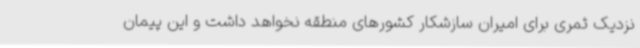
نزدیک ثمری برای امیران سازشکار کشورهای منطقه نخواهد داشت و این پیمان